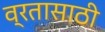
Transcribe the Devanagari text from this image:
व्रतासाठी